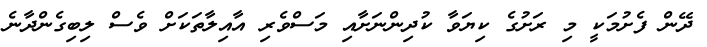
ދޭން ފެށުމަކީ މި ރަށުގެ ކިޔަވާ ކުދިންނަށާއި މަސްވެރި އާއިލާތަކަށް ވެސް ލިބިގެންދާނެ